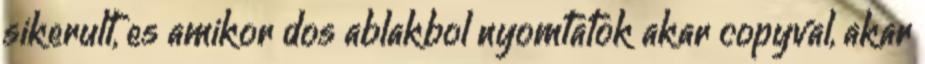
sikerult, es amikor dos ablakbol nyomtatok akar copyval, akar